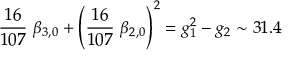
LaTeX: { \frac { 1 6 } { 1 0 7 } } \ \beta _ { 3 , 0 } + \left( { \frac { 1 6 } { 1 0 7 } } \ \beta _ { 2 , 0 } \right) ^ { 2 } = g _ { 1 } ^ { 2 } - g _ { 2 } \sim 3 1 . 4